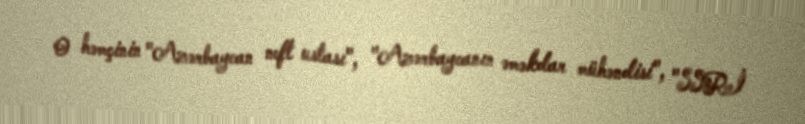
O həmçinin "Azərbaycan neft ustası", "Azərbaycanın əməkdar mühəndisi", "SSRİ